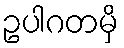
ဥပါဂတမှိ